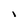
Character: l